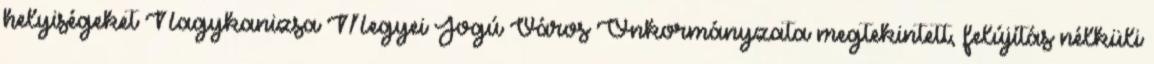
helyiségeket Nagykanizsa Megyei Jogú Város Önkormányzata megtekintett, felújítás nélküli